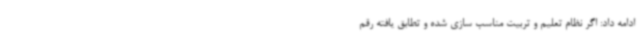
ادامه داد: اگر نظام تعلیم و تربیت مناسب سازی شده و تطابق یافته رقم